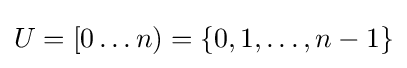
U=[0\dots n)=\{0,1,\dots ,n-1\}